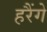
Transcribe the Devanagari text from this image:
हरैंगे